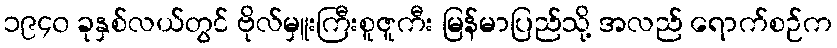
၁၉၄၀ ခုနှစ်လယ်တွင် ဗိုလ်မှူးကြီးစူဇူကီး မြန်မာပြည်သို့ အလည် ရောက်စဉ်က